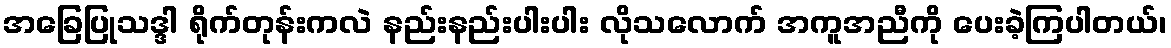
အခြေပြုသဒ္ဒါ ရိုက်တုန်းကလဲ နည်းနည်းပါးပါး လိုသလောက် အကူအညီကို ပေးခဲ့ကြပါတယ်၊